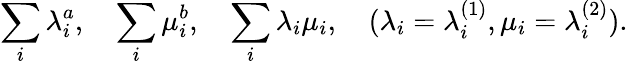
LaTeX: \sum_{i}\lambda_{i}^{a},\quad\sum_{i}\mu_{i}^{b},\quad\sum_{i}\lambda_{i}\mu_{i},\quad(\lambda_{i}=\lambda_{i}^{(1)},\mu_{i}=\lambda_{i}^{(2)}).